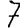
Digit: 7